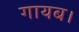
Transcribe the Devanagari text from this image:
गायब।